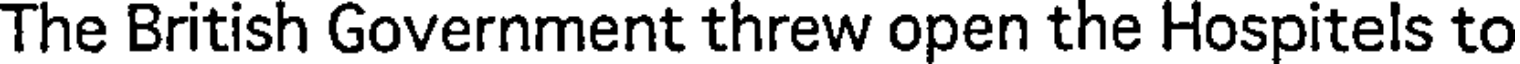
The British Government threw open the Hospitels to